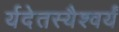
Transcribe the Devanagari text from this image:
र्यदेतस्यैश्वर्यं